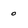
Character: 0